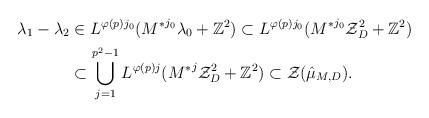
LaTeX: \begin{align*}\lambda_1-\lambda_2&\in L^{\varphi(p)j_0}({M^*}^{j_0}\lambda_0+\mathbb{Z}^2)\subset L^{\varphi(p)j_0}({M^*}^{j_0}\mathcal{Z}_{D}^2+\mathbb{Z}^2)\\&\subset\bigcup_{j=1}^{p^2-1} L^{\varphi(p)j}({M^*}^{j}\mathcal{Z}_{D}^2+\mathbb{Z}^2)\subset \mathcal{Z}(\hat{\mu}_{M,D}).\end{align*}